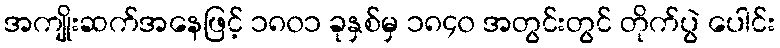
အကျိုးဆက်အနေဖြင့် ၁၈၀၁ ခုနှစ်မှ ၁၈၄၀ အတွင်းတွင် တိုက်ပွဲ ပေါင်း